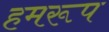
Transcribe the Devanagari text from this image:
हमरूप